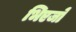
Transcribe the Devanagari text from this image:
भिएजो